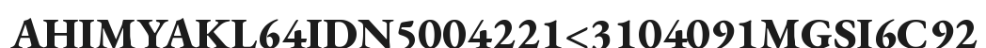
AHIMYAKL64IDN5004221<3104091MGSI6C92